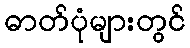
ဓာတ်ပုံများတွင်